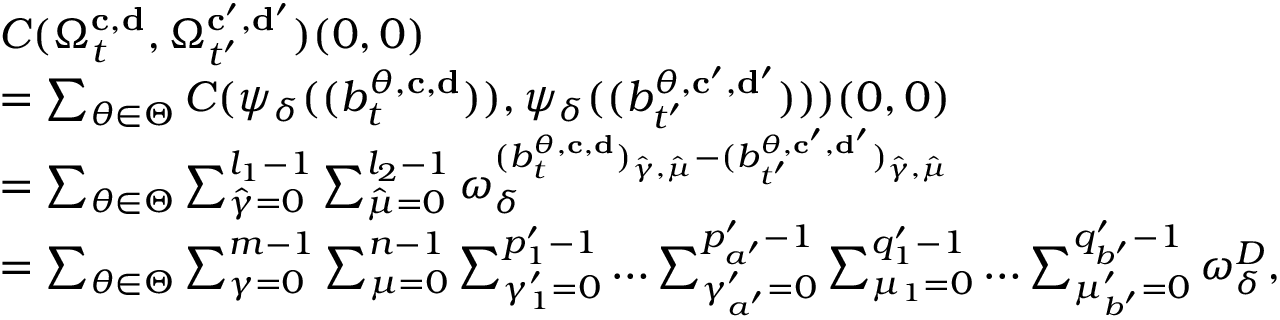
\begin{array} { r l } & { C ( \Omega _ { t } ^ { \mathbf { c } , \mathbf { d } } , \Omega _ { t ^ { \prime } } ^ { \mathbf { c } ^ { \prime } , \mathbf { d } ^ { \prime } } ) ( 0 , 0 ) } \\ & { = \sum _ { \theta \in \Theta } C ( \psi _ { \delta } ( ( b _ { t } ^ { \theta , \mathbf { c } , \mathbf { d } } ) ) , \psi _ { \delta } ( ( b _ { t ^ { \prime } } ^ { \theta , \mathbf { c } ^ { \prime } , \mathbf { d } ^ { \prime } } ) ) ) ( 0 , 0 ) } \\ & { = \sum _ { \theta \in \Theta } \sum _ { \hat { \gamma } = 0 } ^ { l _ { 1 } - 1 } \sum _ { \hat { \mu } = 0 } ^ { l _ { 2 } - 1 } \omega _ { \delta } ^ { ( b _ { t } ^ { \theta , \mathbf { c } , \mathbf { d } } ) _ { \hat { \gamma } , \hat { \mu } } - ( b _ { t ^ { \prime } } ^ { \theta , \mathbf { c } ^ { \prime } , \mathbf { d } ^ { \prime } } ) _ { \hat { \gamma } , \hat { \mu } } } } \\ & { = \sum _ { \theta \in \Theta } \sum _ { \gamma = 0 } ^ { m - 1 } \sum _ { \mu = 0 } ^ { n - 1 } \sum _ { \gamma _ { 1 } ^ { \prime } = 0 } ^ { p _ { 1 } ^ { \prime } - 1 } \ldots \sum _ { \gamma _ { a ^ { \prime } } ^ { \prime } = 0 } ^ { p _ { a ^ { \prime } } ^ { \prime } - 1 } \sum _ { \mu _ { 1 } = 0 } ^ { q _ { 1 } ^ { \prime } - 1 } \ldots \sum _ { \mu _ { b ^ { \prime } } ^ { \prime } = 0 } ^ { q _ { b ^ { \prime } } ^ { \prime } - 1 } \omega _ { \delta } ^ { D } , } \end{array}